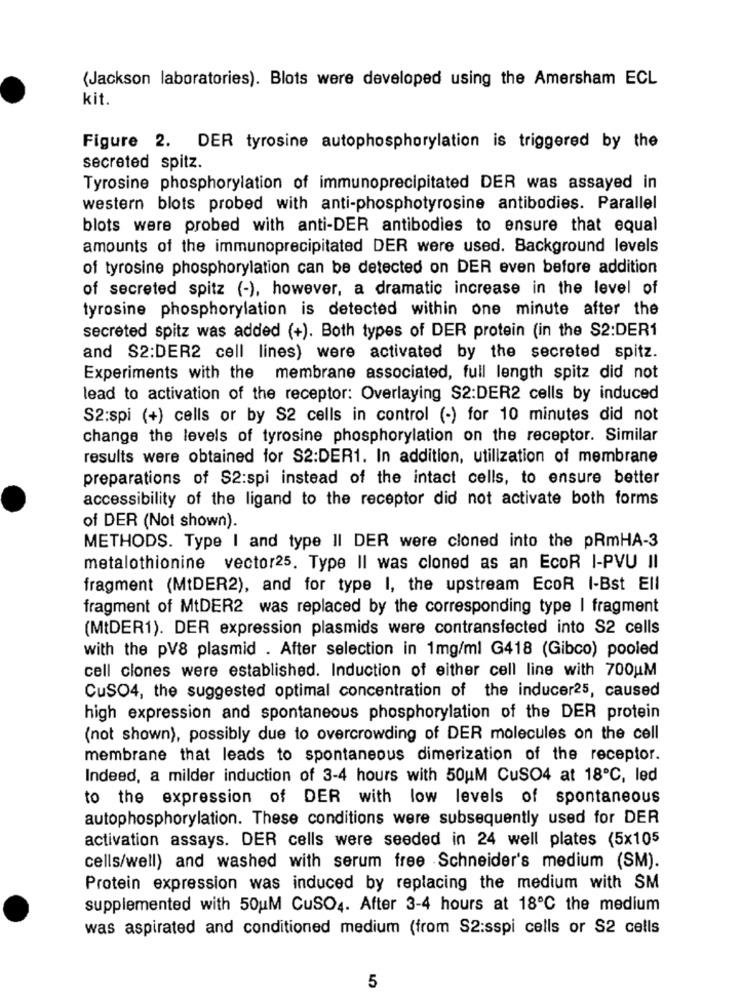
(Jackson laboratories). Blots were developed using the Amersham ECL
kit.
Figure 2. DER tyrosine autophosphorylation is triggered by the
secreted spitz.
Tyrosine phosphorylation of immunoprecipitated DER was assayed in
western blots probed with anti-phosphotyrosine antibodies. Parallel
blots were probed with anti-DER antibodies to ensure that equal
amounts of the immunoprecipitated DER were used. Background levels
of tyrosine phosphorylation can be detected on DER even before addition
of secreted spitz (-), however, a dramatic increase in the level of
tyrosine phosphorylation is detected within one minute after the
secreted spitz was added (+). Both types of DER protein (in the S2:DER1
and S2:DER2 cell lines) were activated by the secreted spitz.
Experiments with the membrane associated, full length spitz did not
lead to activation of the receptor: Overlaying S2:DER2 cells by induced
S2:spi (+) cells or by S2 cells in control (-) for 10 minutes did not
change the levels of tyrosine phosphorylation on the receptor. Similar
results were obtained for S2:DER1. In addition, utilization of membrane
preparations of S2:spi instead of the intact cells, to ensure better
accessibility of the ligand to the receptor did not activate both forms
of DER (Not shown).
METHODS. Type I and type II DER were cloned into the pRmHA-3
metalothionine vector25. Type II was cloned as an EcoR I-PVU II
fragment (MtDER2), and for type I, the upstream EcoR I-Bst Ell
fragment of MtDER2 was replaced by the corresponding type I fragment
(MtDER1). DER expression plasmids were contransfected into S2 cells
with the pV8 plasmid . After selection in 1mg/ml G418 (Gibco) pooled
cell clones were established. Induction of either cell line with 700uM
CuSO4, the suggested optimal concentration of the inducer25, caused
high expression and spontaneous phosphorylation of the DER protein
(not shown), possibly due to overcrowding of DER molecules on the cell
membrane that leads to spontaneous dimerization of the receptor.
Indeed, a milder induction of 3-4 hours with 50UM CuSO4 at 18℃, led
to the expression of DER with low levels of spontaneous
autophosphorylation. These conditions were subsequently used for DER
activation assays. DER cells were seeded in 24 well plates (5x105
cells/well) and washed with serum free Schneider's medium (SM).
Protein expression was induced by replacing the medium with SM
supplemented with 50uM CuSO4. After 3-4 hours at 18℃ the medium
was aspirated and conditioned medium (from S2:sspi cells or S2 cells
5